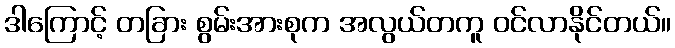
ဒါကြောင့် တခြား စွမ်းအားစုက အလွယ်တကူ ဝင်လာနိုင်တယ်။